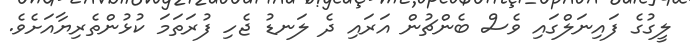
ލީގުގެ ފައިނަލްގައި ވެސް ބެންޗުން އަރައި ދެ ލަނޑު ޖެހި ފުރަތަމަ ކުޅުންތެރިޔާއަށެވެ.